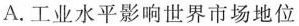
A.工业水平影响世界市场地位